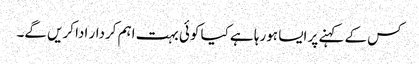
کس کے کہنے پر ایسا ہورہا ہے کیا کوئی بہت اہم کردار ادا کریں گے۔